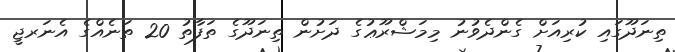
ތިނަދޫގައި ކުރިއަށް ގެންދެވުނު މިމަޝްރޫޢުގެ ދަށުން ތިނަދޫގެ ތަފާތު 20 ތަނެއްގެ އެނަރޖީ